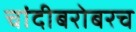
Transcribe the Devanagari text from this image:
चांदीबरोबरच